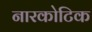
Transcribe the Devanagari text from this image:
नारकोटिक